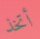
أتخذ